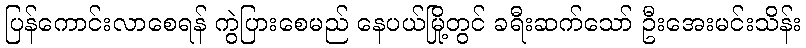
ပြန်ကောင်းလာစေရန် ကွဲပြားစေမည် နေပယ်မြို့တွင် ခရီးဆက်သော် ဦးအေးမင်းသိန်း